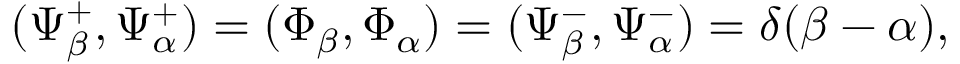
( \Psi _ { \beta } ^ { + } , \Psi _ { \alpha } ^ { + } ) = ( \Phi _ { \beta } , \Phi _ { \alpha } ) = ( \Psi _ { \beta } ^ { - } , \Psi _ { \alpha } ^ { - } ) = \delta ( \beta - \alpha ) ,